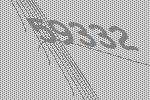
59332